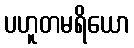
ပဟူတမရိယော